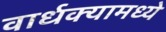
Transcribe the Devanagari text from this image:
वार्धक्यामध्ये